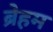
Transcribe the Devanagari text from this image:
ब्रेहम